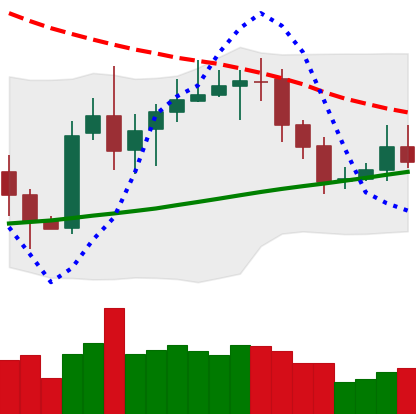
Ticker: XRP-USD
Chart end date: 2020-10-20
Forward return: 3.958%
Label: up_3_5